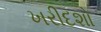
ખરીદશો